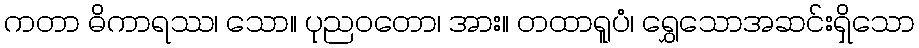
ကတာ ဓိကာရဿ၊ သော။ ပုညဝတော၊ အား။ တထာရူပံ၊ ရွှေသောအဆင်းရှိသော